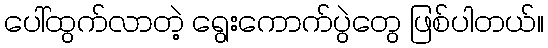
ပေါ်ထွက်လာတဲ့ ရွေးကောက်ပွဲတွေ ဖြစ်ပါတယ်။